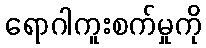
ရောဂါကူးစက်မှုကို